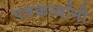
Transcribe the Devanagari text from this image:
पत्रकर्त्यांनी